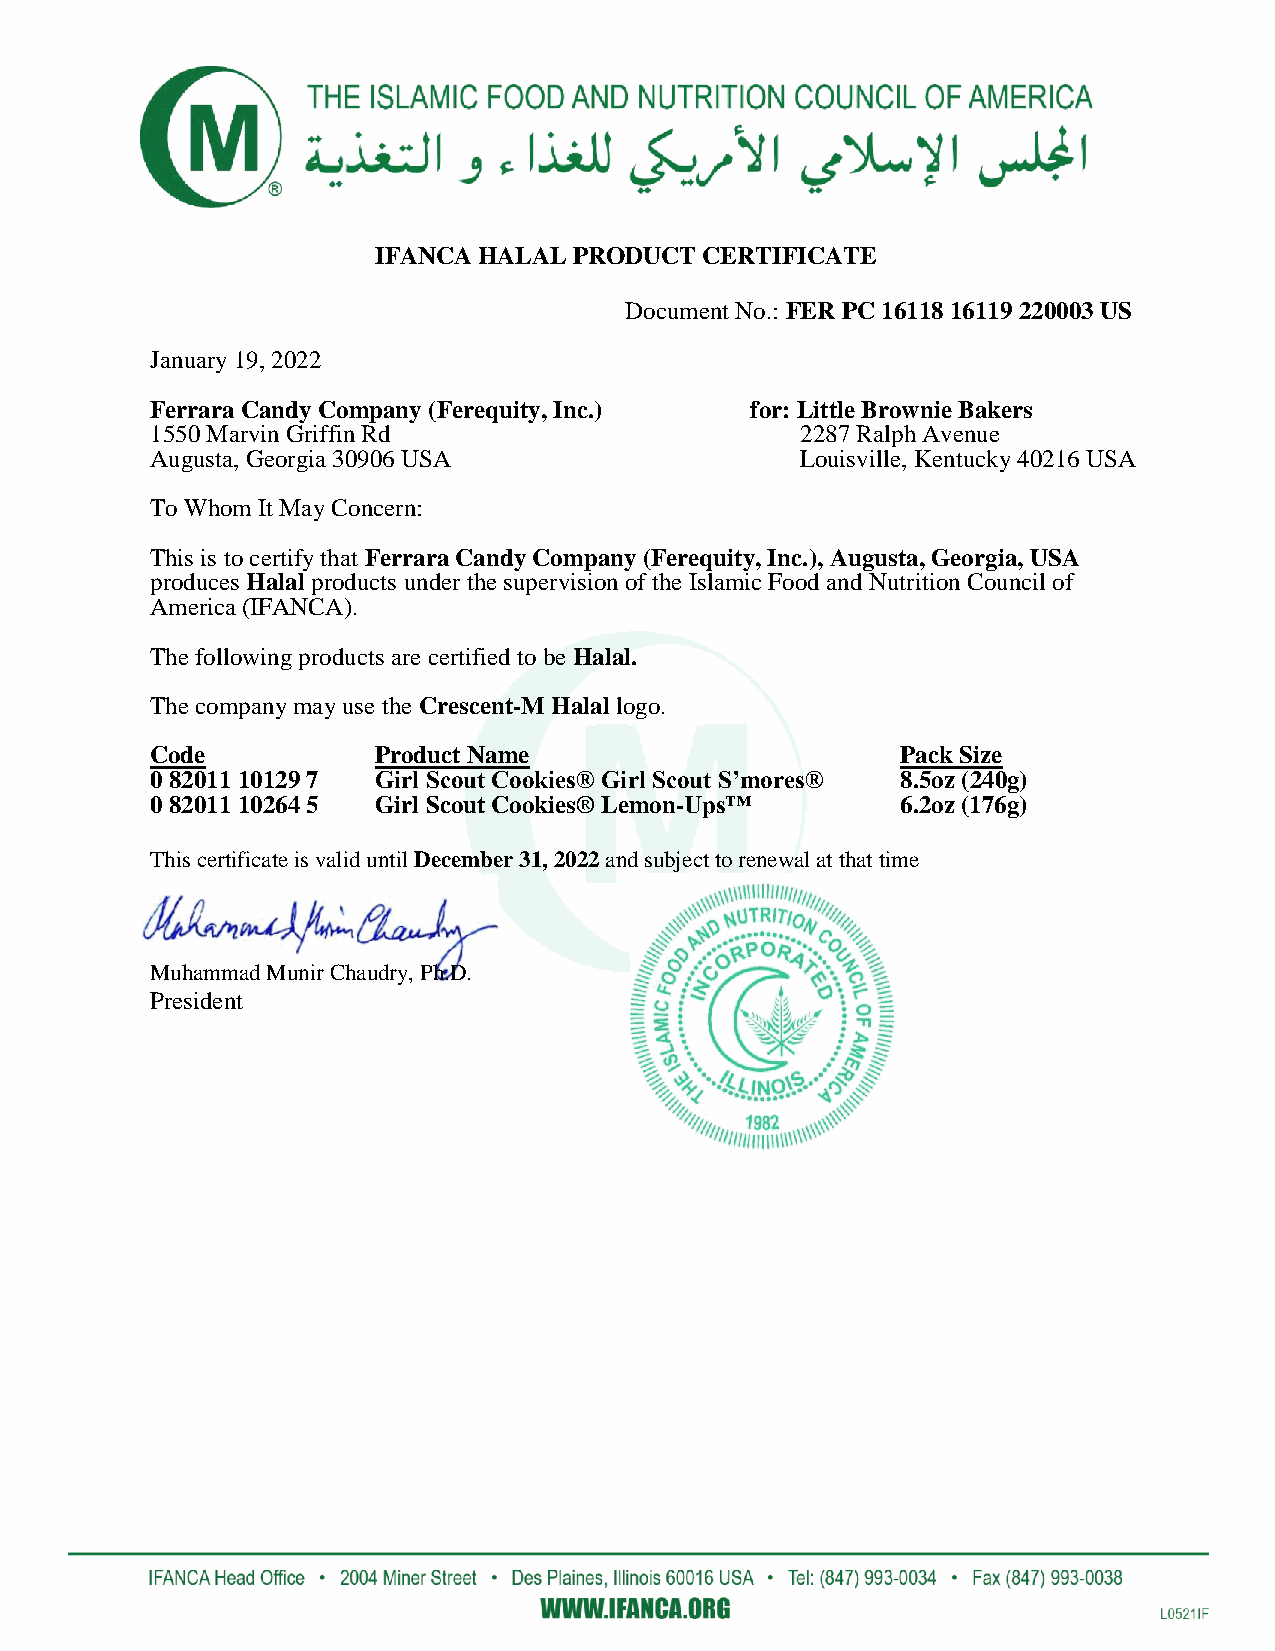
IFANCA HALAL PRODUCT  CERTIFICATE
 Document No.: FER PC 16118 16119 220003 US
 January 19, 2022
 Ferrara Candy Company (Ferequity, Inc.) for: Little Brownie Bakers
 1550 Marvin Griffin Rd                     2287 Ralph Avenue
 Augusta, Georgia 30906 USA                 Louisville, Kentucky 40216 USA
 To Whom It May Concern:
 This is to certify that Ferrara Candy Company (Ferequity, Inc.), Augusta, Georgia, USA
 produces Halal products under the supervision of the Islamic Food and Nutrition Council of
 America (IFANCA).
 The following products are certified to be Halal.
 The company may use the Crescent-M Halal logo.
 Code           Product Name                       Pack Size
 0 82011 10129 7 Girl Scout Cookies® Girl Scout S’mores® 8.5oz (240g)
 0 82011 10264 5 Girl Scout Cookies® Lemon-Ups™    6.2oz (176g)
 This certificate is valid until December 31, 2022 and subject to renewal at that time
 Muhammad Munir Chaudry, Ph.D.
 President